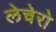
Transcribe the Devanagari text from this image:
लेचेरो